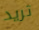
تريد